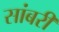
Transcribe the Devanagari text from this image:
सांबरी